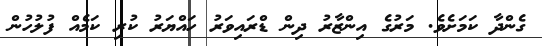
ގެންދާ ކަމަށެވެ. މަރުގެ އިންޒާރު ދިން ޑްރައިވަރު ހައްޔަރު ކުރި ކަމެއް ފުލުހުން